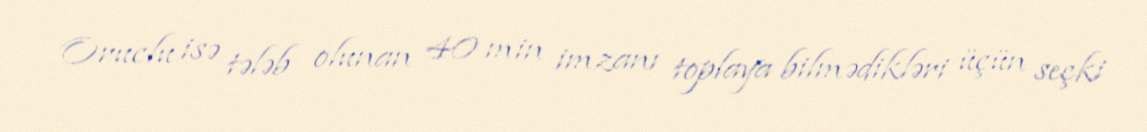
Oruclu isə tələb olunan 40 min imzanı toplaya bilmədikləri üçün seçki